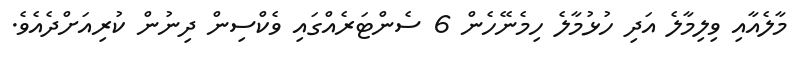
މާލެއާއި ވިލިމާލެ އަދި ހުޅުމާލެ ހިމެނޭހެން 6 ސެންޓަރެއްގައި ވެކްސިން ދިނުން ކުރިއަށްދެއެވެ.